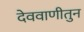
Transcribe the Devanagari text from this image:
देववाणीतुन